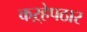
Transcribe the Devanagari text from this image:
कऱ्हेपठार